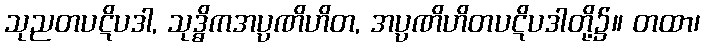
သုညတပဋိပဒါ, သုဒ္ဓိကအပ္ပဏိဟိတ, အပ္ပဏိဟိတပဋိပဒါတို့၌။ တထာ၊